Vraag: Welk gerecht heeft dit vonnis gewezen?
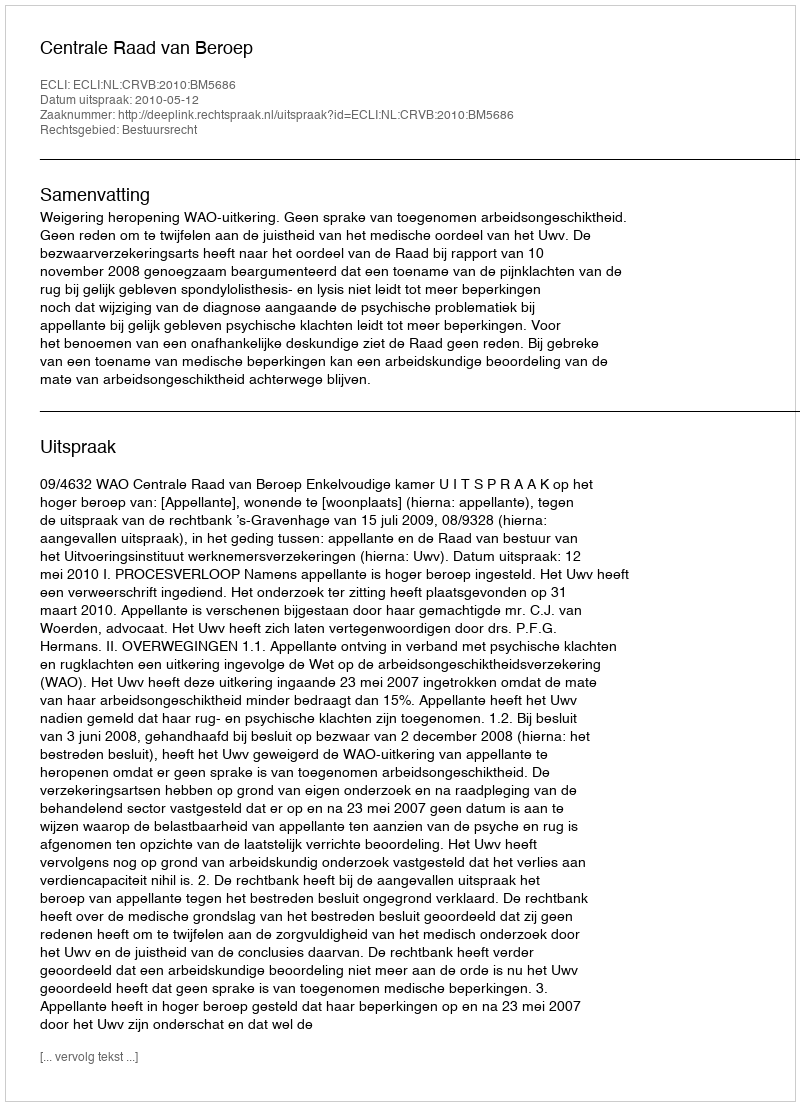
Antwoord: Centrale Raad van Beroep